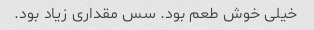
خیلی خوش طعم بود. سس مقداری زیاد بود.